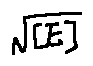
\sqrt { [ E ] }